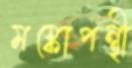
মস্কোপন্থী